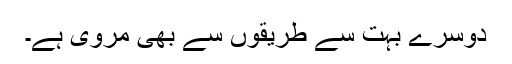
دوسرے بہت سے طریقوں سے بھی مروی ہے۔